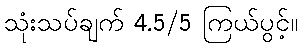
သုံးသပ်ချက် 4.5/5 ကြယ်ပွင့်။